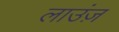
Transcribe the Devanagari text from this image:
लाउंज़